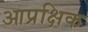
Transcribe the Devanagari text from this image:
आप्रक्षिक